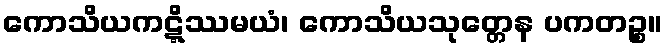
ကောသိယကဋ္ဋိဿမယံ၊ ကောသိယသုတ္တေန ပကတဉ္စ။